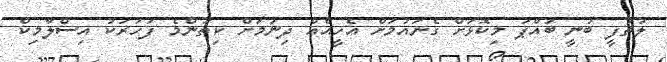
ލުތުފީ ބުނީ ބައްޕަ މިކޮޅަށް ގެނައުމަށް އެހީއެއް ދިނުމަށް ކިތަންމެ ފަހަރަކު އިސްލާމިކް